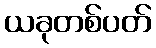
ယခုတစ်ပတ်